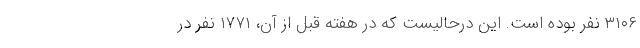
۳۱۰۶ نفر بوده است. این درحالیست که در هفته قبل از آن، ۱۷۷۱ نفر در